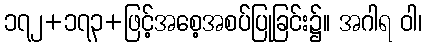
၁၇၂+၁၇၃+ဖြင့်အစေ့အစပ်ပြုခြင်း၌။ အဂါရ ဝါ၊